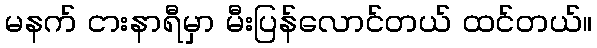
မနက် ငားနာရီမှာ မီးပြန်လောင်တယ် ထင်တယ်။